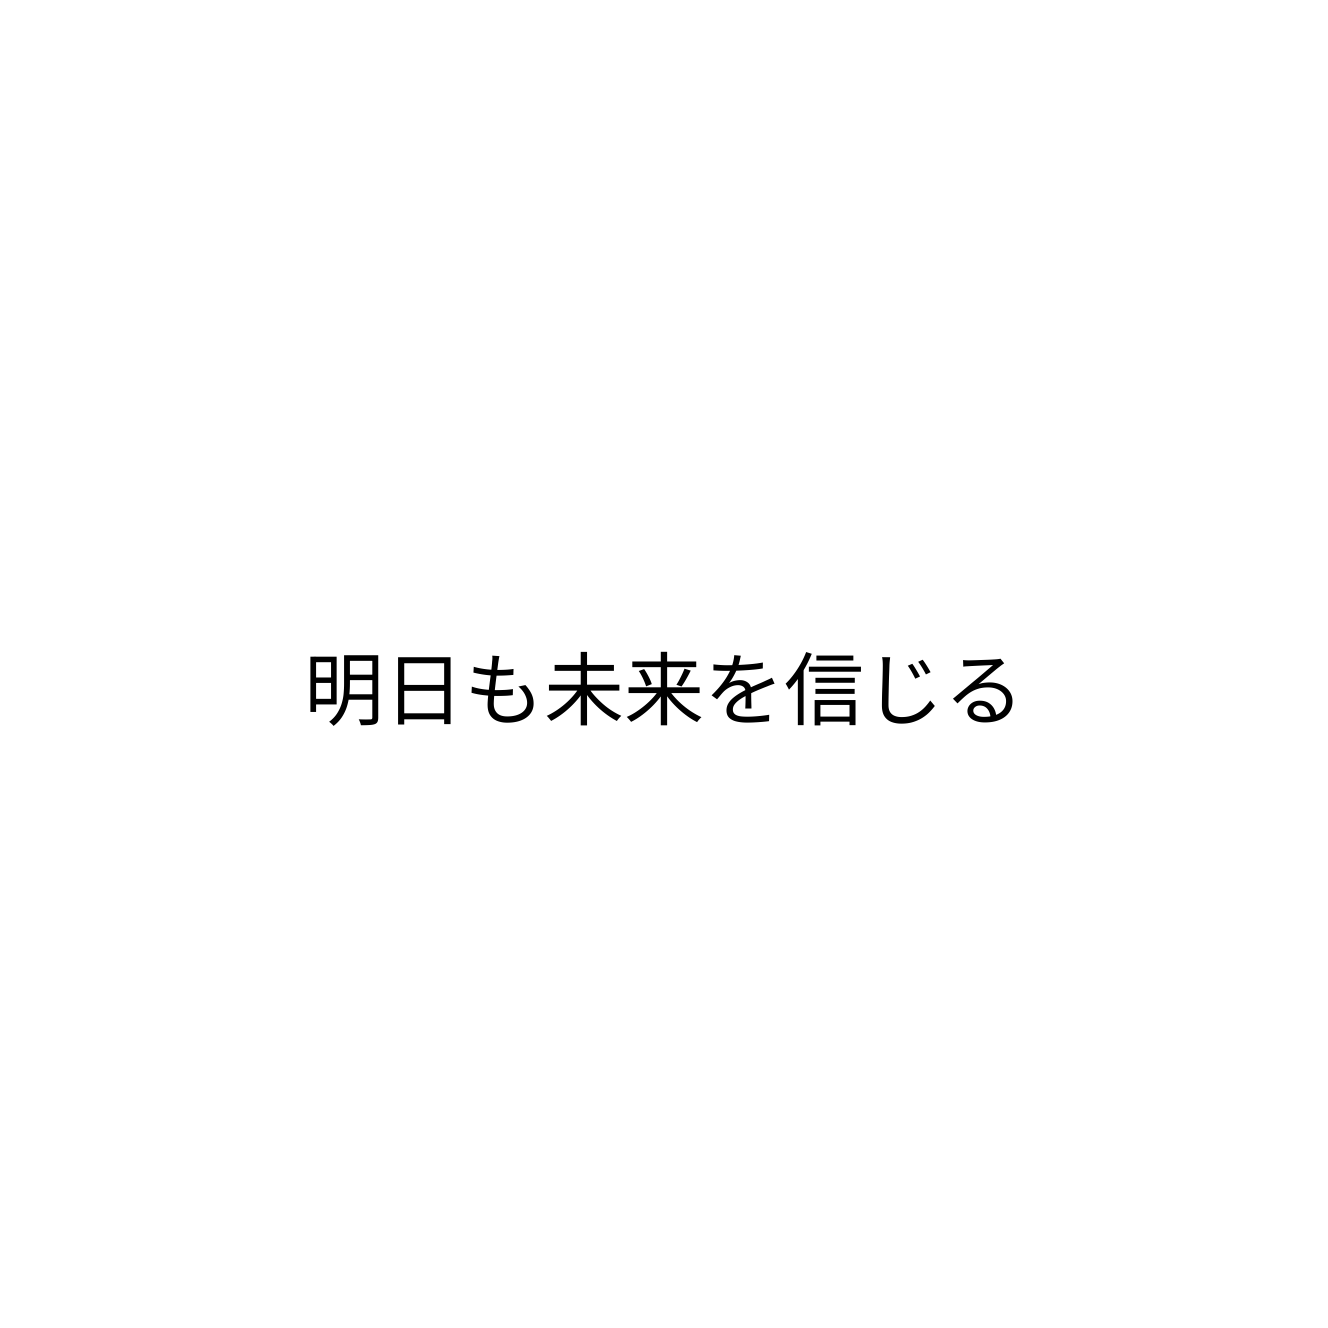
明日も未来を信じる